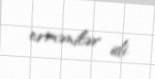
ermənilər idi.